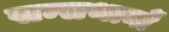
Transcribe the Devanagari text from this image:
सन्सथानों